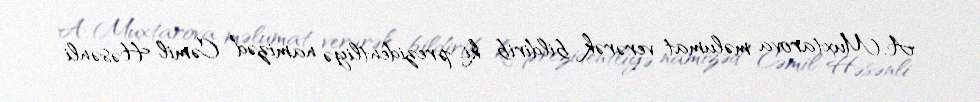
A. Muxtarova məlumat verərək bildirib ki, prezidentliyə namizəd Cəmil Həsənli